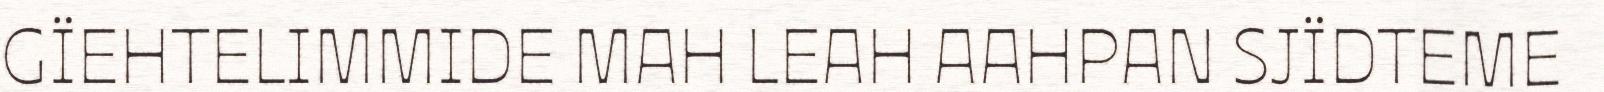
GÏEHTELIMMIDE MAH LEAH AAHPAN SJÏDTEME